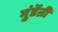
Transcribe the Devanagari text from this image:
मुंडेंऩी